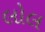
લોલ